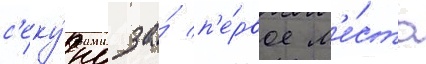
с'еку́нд за́ п'е́рвое м'е́сто